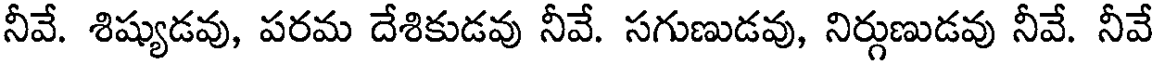
నీవే. శిష్యుడవు, పరమ దేశికుడవు నీవే. సగుణుడవు, నిర్గుణుడవు నీవే. నీవే